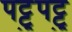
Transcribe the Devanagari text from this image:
पट्टुपट्टु